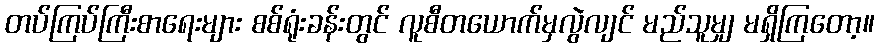
တပ်ကြပ်ကြီးစာရေးများ စစ်ရုံးခန်းတွင် လူစီတယောက်မှလွဲလျင် မည်သူမျှ မရှိကြတော့။